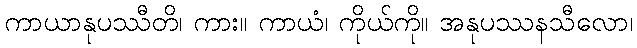
ကာယာနုပဿီတိ၊ ကား။ ကာယံ၊ ကိုယ်ကို။ အနုပဿနသီလော၊